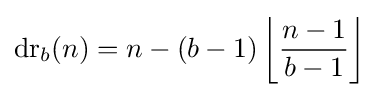
\operatorname {dr} _{b}(n)=n-(b-1)\left\lfloor {\frac {n-1}{b-1}}\right\rfloor